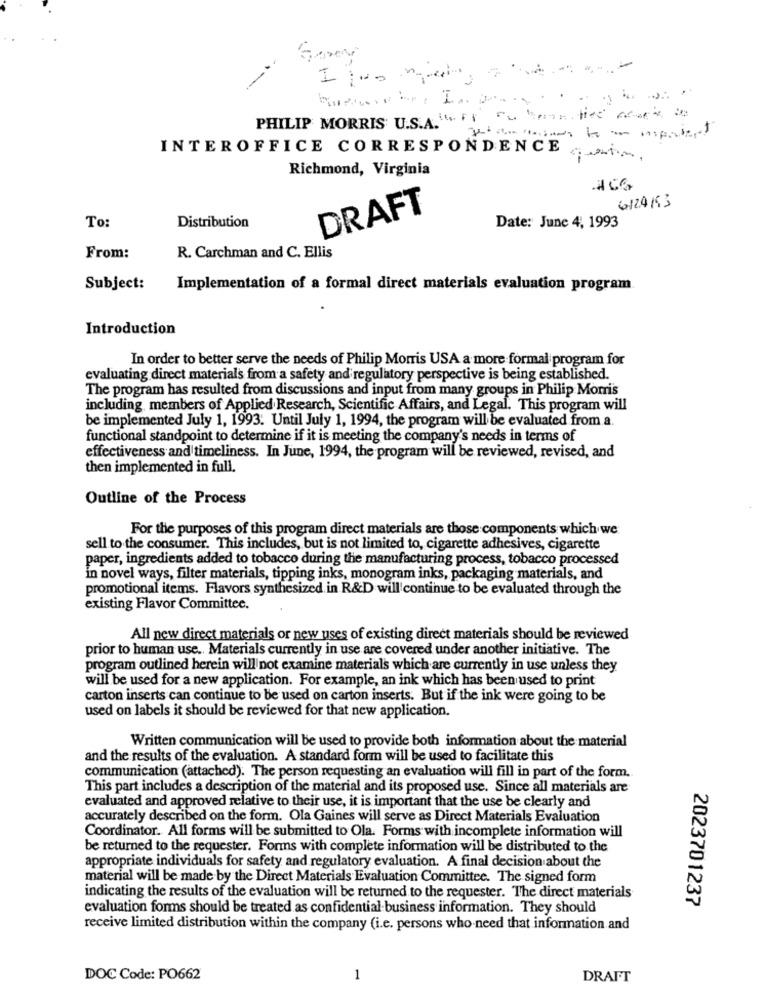
--
PHILIP MORRIS U.S.A ...
INTEROFFICE CORRESPONDENCE
Richmond, Virginia
DRAFT
6124153
Date: June 4, 1993
To:
Distribution
From:
R. Carchman and C. Ellis
Subject:
Implementation of a formal direct materials evaluation program.
Introduction
In order to better serve the needs of Philip Morris USA a more formal program for
evaluating direct materials from a safety and regulatory perspective is being established.
The program has resulted from discussions and input from many groups in Philip Morris
including, members of Applied Research, Scientific Affairs, and Legal. This program will
be implemented July 1, 1993: Until July 1, 1994, the program will be evaluated from a.
functional standpoint to determine if it is meeting the company's needs in terms of
effectiveness and timeliness. In June, 1994, the program will be reviewed, revised, and
then implemented in full.
Outline of the Process
For the purposes of this program direct materials are those components which we
sell to the consumer. This includes, but is not limited to, cigarette adhesives, cigarette
paper, ingredients added to tobacco during the manufacturing process, tobacco processed
in novel ways, filter materials, tipping inks, monogram inks, packaging materials, and
promotional items. Flavors synthesized in R&D will continue to be evaluated through the
existing Flavor Committee.
All new direct materials or new uses of existing direct materials should be reviewed
prior to human use .. Materials currently in use are covered under another initiative. The
program outlined herein will not examine materials which are currently in use unless they
will be used for a new application. For example, an ink which has been used to print
carton inserts can continue to be used on carton inserts. But if the ink were going to be
used on labels it should be reviewed for that new application.
Written communication will be used to provide both information about the material
and the results of the evaluation. A standard form will be used to facilitate this
communication (attached). The person requesting an evaluation will fill in part of the form.
This part includes a description of the material and its proposed use. Since all materials are
evaluated and approved relative to their use, it is important that the use be clearly and
accurately described on the form. Ola Gaines will serve as Direct Materials Evaluation
Coordinator. All forms will be submitted to Ola. Forms with incomplete information will
be returned to the requester. Forms with complete information will be distributed to the
appropriate individuals for safety and regulatory evaluation. A final decision about the
material will be made by the Direct Materials Evaluation Committee. The signed form
indicating the results of the evaluation will be returned to the requester. The direct materials
2023701237
evaluation forms should be treated as confidential business information. They should
receive limited distribution within the company (i.e. persons who need that information and
DOC Code: PO662
1
DRAFT